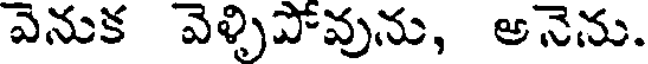
వెనుక వెళ్ళిపోవును, అనెను.